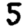
Digit: 5